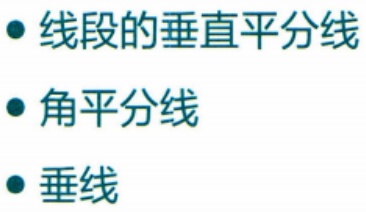
#NAME?